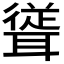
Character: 𮋹